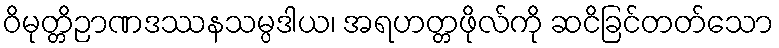
ဝိမုတ္တိဉာဏဒဿနသမ္ပဒါယ၊ အရဟတ္တဖိုလ်ကို ဆငိခြင်တတ်သော